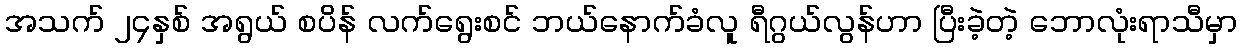
အသက် ၂၄နှစ် အရွယ် စပိန် လက်ရွေးစင် ဘယ်နောက်ခံလူ ရီဂွယ်လွန်ဟာ ပြီးခဲ့တဲ့ ဘောလုံးရာသီမှာ